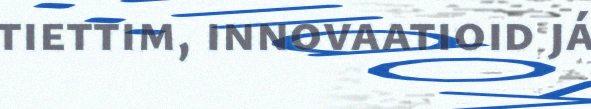
tiettim, innovaatioid já